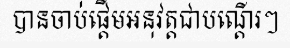
បានចាប់ផ្តើមអនុវត្តជាបណ្តើរៗ